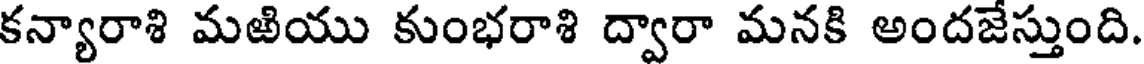
కన్యారాశి మఱియు కుంభరాశి ద్వారా మనకి అందజేస్తుంది.